NAE_ERA_R-1665_Eesti_Kunstnike_Liit, lk 13
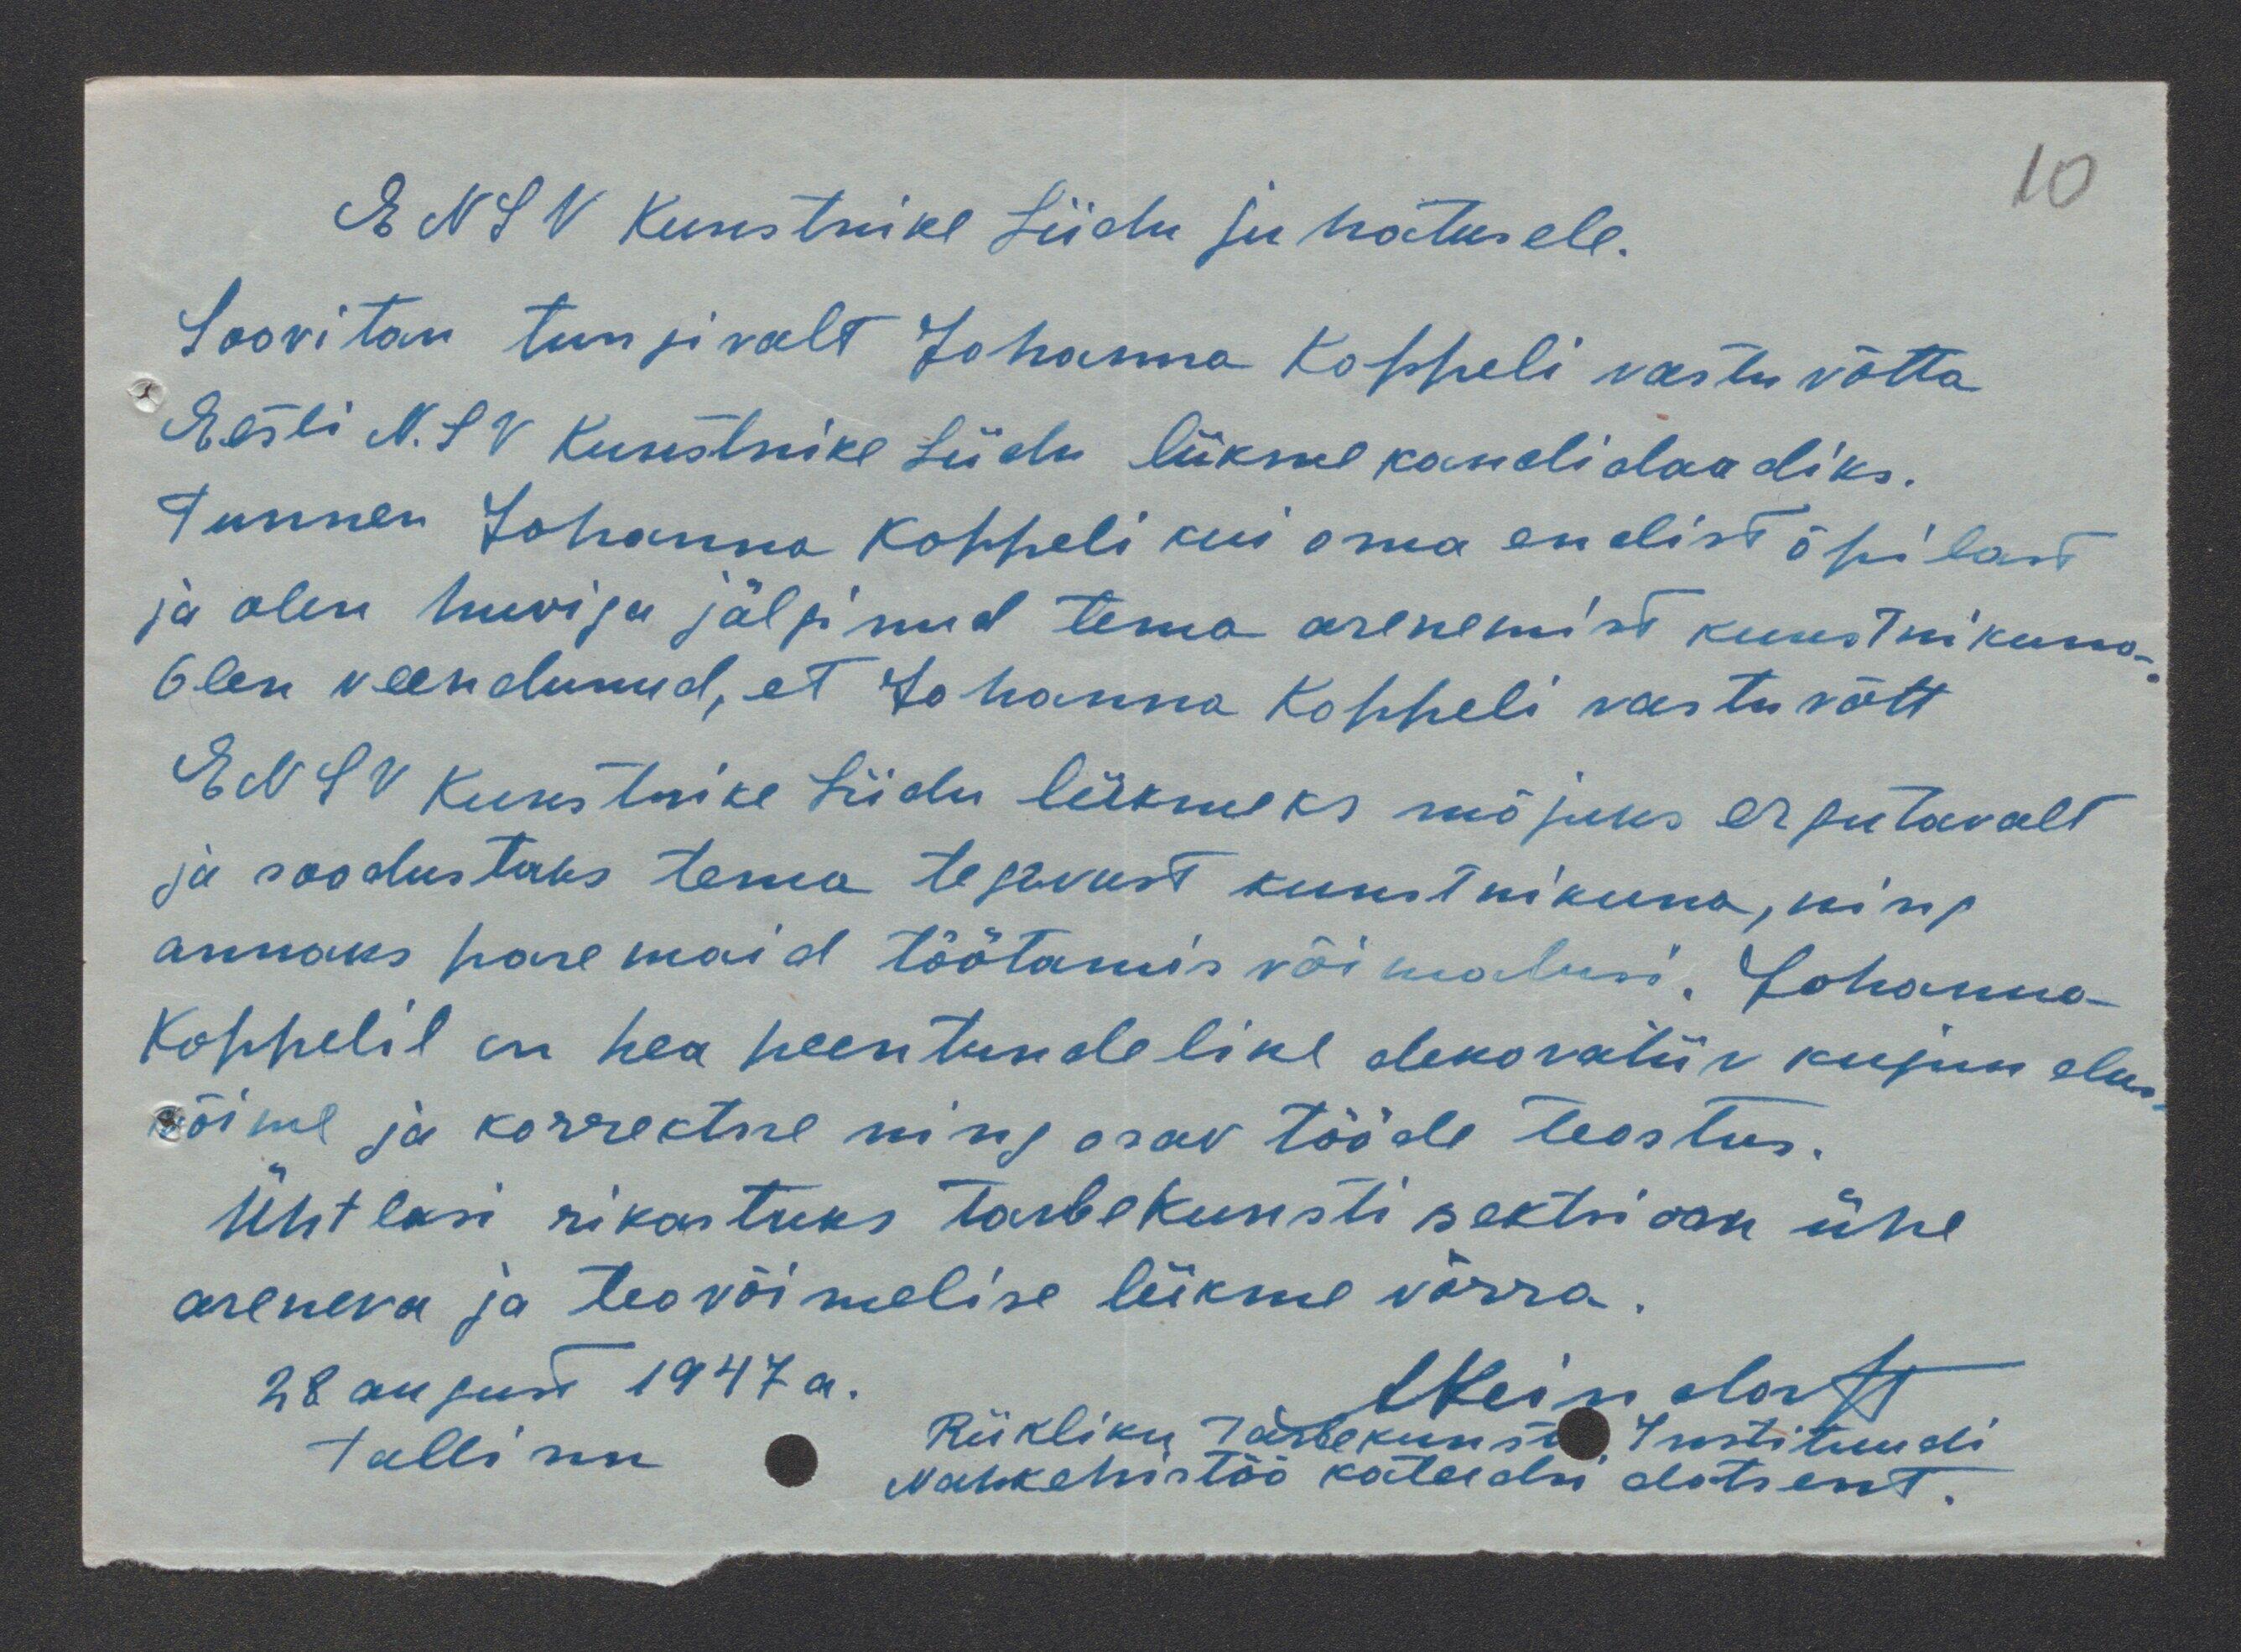
ENSV Kunstnike Liidu juhatusele.
Soovitan tungivalt Johanna Koppeli vastu võtta
Eesti N.SV Kunstnike Liidu liikme kandidaadiks.
Tunnen Johanna Koppeli kui oma endist õpilast
ja olen huviga jälginud tema arenemist kunstnikuna.
Olen veendunud, et Johanna Koppeli vastuvõtt
ENSV Kunstnike Liidu liikmeks mõjuks ergutavalt
ja soodustaks tema tegevust kunstnikuna, ning
annaks paremaid töötamis võimalusi. Johanna
Koppelil on hea peentundeline dekoratiiv kujundus-
võime ja korrektne ning osav tööde teostus.
Ühtlasi rikastuks tarbekunsti sektsioon ühe
areneva ja teovõimelise liikme võrra.
28 august 1947 a.
AReindorff
Tallinn
Riikliku Tarbekunsti Instituudi
Nahkehistöö kateedri dotsent.